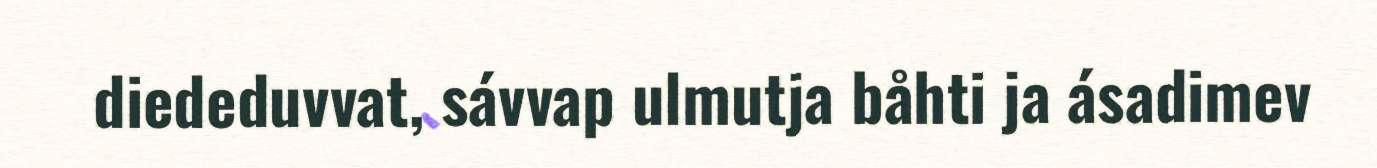
diededuvvat, sávvap ulmutja båhti ja ásadimev